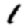
Digit: 1